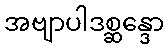
အဗျာပါဒစ္ဆန္ဒော